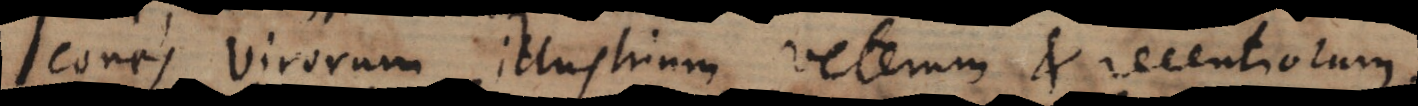
Icones virorum illustrium veterum et recentiorum.